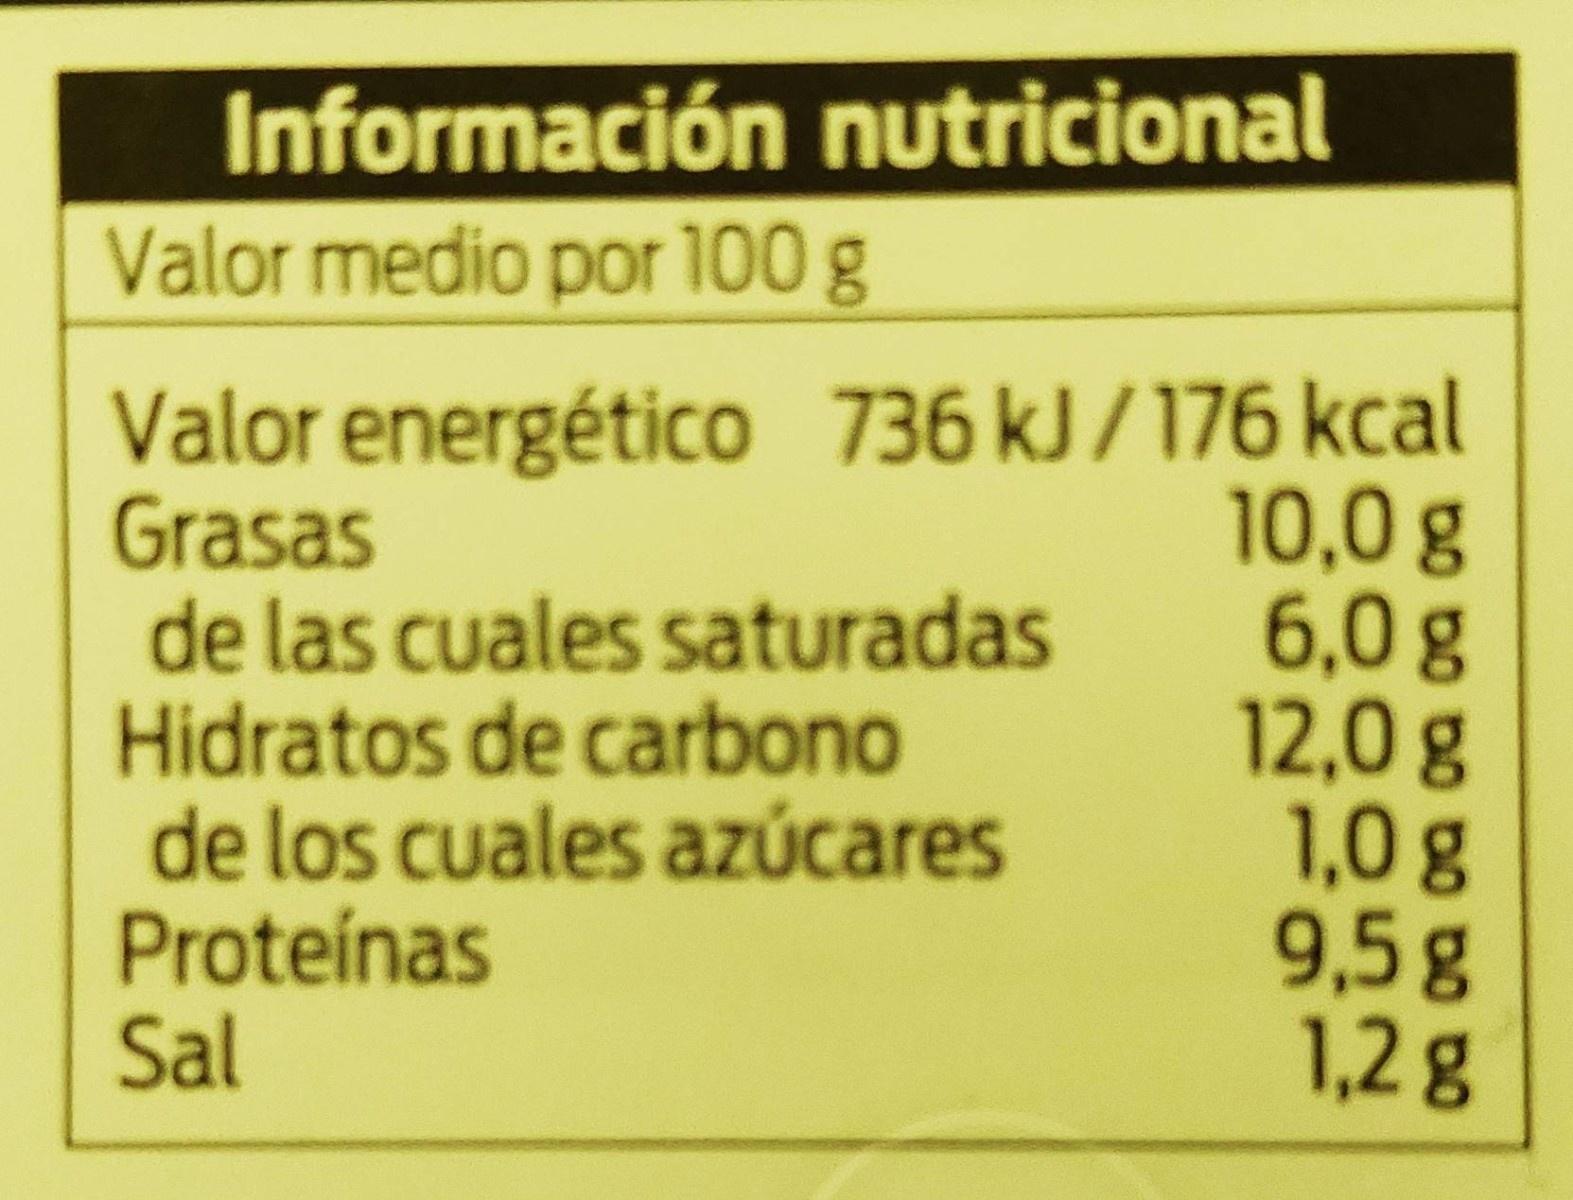
Información nutricional Valor medio por 100 g
Valor energético 736 kJ/176 kcal Grasas de las cuales saturadas Hidratos de carbono de los cuales azúcares Proteínas Sal
10,0g 6,0g 12,0 g 1,0g 9,5g 1,2g